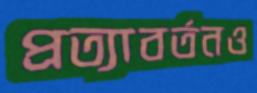
প্রত্যাবর্তনও